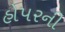
હોપરની